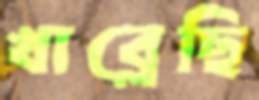
খাব্‌লেছি